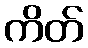
ကိတ်